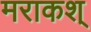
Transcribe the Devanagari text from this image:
मराकश्